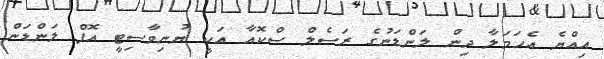
އިއްޔެ އެހަމަލާ ދިން ލަންޑަނުގެ ރަސެލް ސްކޮއާ އަކީ ޔުނިވާސިޓީ އޮފް ލަންޑަން